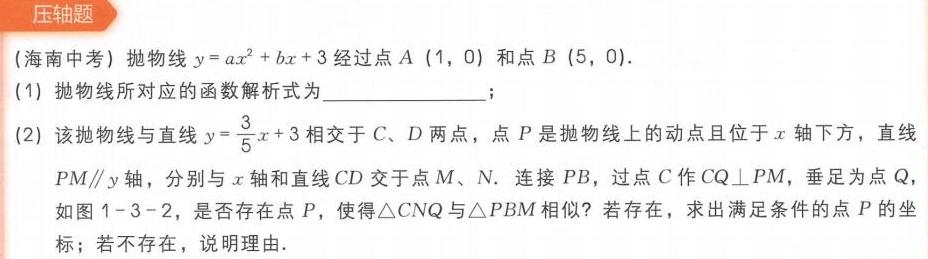
压轴题
(海南中考) 抛物线\(y = ax^{2}+bx + 3\)经过点\(A\ (1,\ 0)\)和点\(B\ (5,\ 0)\).
(1) 抛物线所对应的函数解析式为  ；
(2) 该抛物线与直线\(y = \frac{3}{5}x + 3\)相交于\(C\)、\(D\)两点，点\(P\)是抛物线上的动点且位于\(x\)轴下方，直线\(PM\parallel y\)轴，分别与\(x\)轴和直线\(CD\)交于点\(M\)、\(N\). 连接\(PB\)，过点\(C\)作\(CQ\perp PM\)，垂足为点\(Q\)，如图1 - 3 - 2，是否存在点\(P\)，使得\(\triangle CNQ\)与\(\triangle PBM\)相似？若存在，求出满足条件的点\(P\)的坐标；若不存在，说明理由.